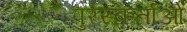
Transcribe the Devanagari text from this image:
पुरस्कर्ताओं